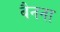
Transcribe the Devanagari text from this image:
बैनना